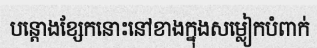
បន្តោងខ្សែកនោះនៅខាងក្នុងសម្លៀកបំពាក់